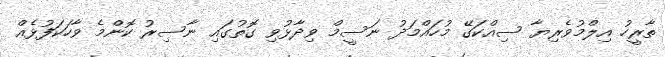
ތާރީހު އިލްމުވެރިޔާ ސިއްކަގޭ މުހައްމަދު ނަސީމް ވިދާޅުވި ގޮތުގައި ނާސިރު ކޮންމެ ވާހަކަފުޅެއް